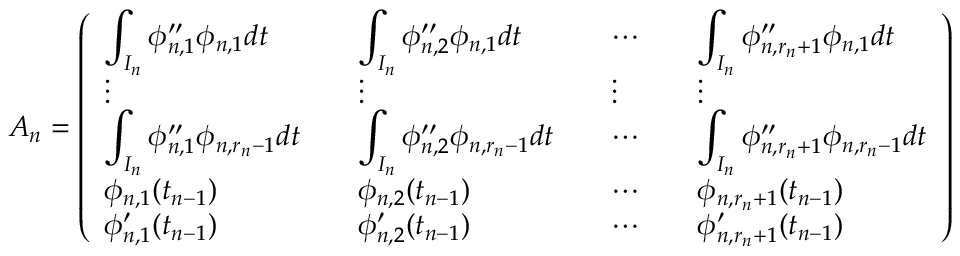
A _ { n } = \left( \begin{array} { l l l l } { \displaystyle \int _ { I _ { n } } \phi _ { n , 1 } ^ { \prime \prime } \phi _ { n , 1 } d t \quad } & { \displaystyle \int _ { I _ { n } } \phi _ { n , 2 } ^ { \prime \prime } \phi _ { n , 1 } d t \quad } & { \cdots \quad } & { \displaystyle \int _ { I _ { n } } \phi _ { n , r _ { n } + 1 } ^ { \prime \prime } \phi _ { n , 1 } d t } \\ { \vdots \quad } & { \vdots \quad } & { \vdots \quad } & { \vdots } \\ { \displaystyle \int _ { I _ { n } } \phi _ { n , 1 } ^ { \prime \prime } \phi _ { n , r _ { n } - 1 } d t \quad } & { \displaystyle \int _ { I _ { n } } \phi _ { n , 2 } ^ { \prime \prime } \phi _ { n , r _ { n } - 1 } d t \quad } & { \cdots \quad } & { \displaystyle \int _ { I _ { n } } \phi _ { n , r _ { n } + 1 } ^ { \prime \prime } \phi _ { n , r _ { n } - 1 } d t } \\ { \phi _ { n , 1 } ( t _ { n - 1 } ) \quad } & { \phi _ { n , 2 } ( t _ { n - 1 } ) \quad } & { \cdots \quad } & { \phi _ { n , r _ { n } + 1 } ( t _ { n - 1 } ) } \\ { \phi _ { n , 1 } ^ { \prime } ( t _ { n - 1 } ) \quad } & { \phi _ { n , 2 } ^ { \prime } ( t _ { n - 1 } ) \quad } & { \cdots \quad } & { \phi _ { n , r _ { n } + 1 } ^ { \prime } ( t _ { n - 1 } ) } \end{array} \right)